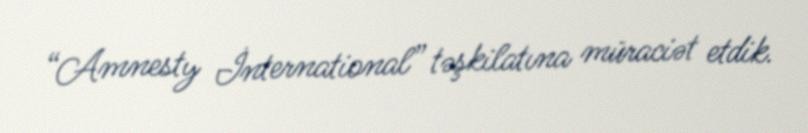
“Amnesty İnternational” təşkilatına müraciət etdik.